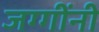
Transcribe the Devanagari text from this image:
जग्गींनी